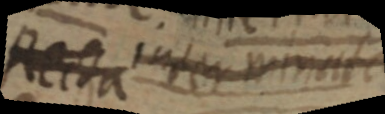
Recta interminata